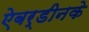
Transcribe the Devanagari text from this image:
ऐबर्डीनके